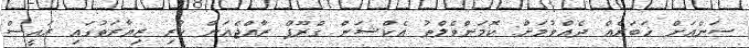
ސަންއަށް ޚަބަރެއް ދެއްވުމަށް: ކޮމަންވެލްތު އެކްޝަން ގްރޫޕް ރާއްޖެއަށް ކުރި ޒިޔާރަތުގައި ރައީސް